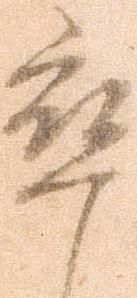
卒